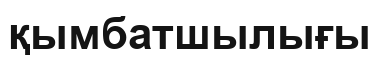
қымбатшылығы